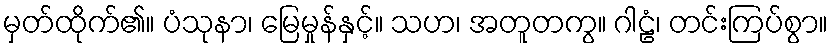
မှတ်ထိုက်၏။ ပံသုနာ၊ မြေမှုန်နှင့်။ သဟ၊ အတူတကွ။ ဂါဠံ၊ တင်းကြပ်စွာ။